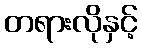
တရားလိုနှင့်